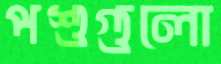
পশুগুলো